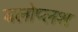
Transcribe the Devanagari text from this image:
यलोप्लश